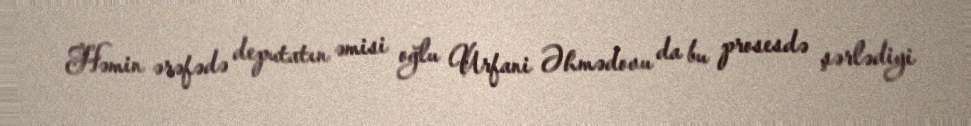
Həmin ərəfədə deputatın əmisi oğlu Urfani Əhmədovu da bu prosesdə şərlədiyi